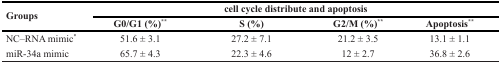
<table><thead><tr><td rowspan="2"><b>Groups</b></td><td colspan="4"><b>cell cycle distribute and apoptosis</b></td></tr><tr><td><b>G0/G1 (%)<sup>**</sup></b></td><td><b>S (%)</b></td><td><b>G2/M (%)<sup>**</sup></b></td><td><b>Apoptosis<sup>**</sup></b></td></tr></thead><tbody><tr><td>NC–RNA mimic<sup>*</sup></td><td>51.6 ± 3.1</td><td>27.2 ± 7.1</td><td>21.2 ± 3.5</td><td>13.1 ± 1.1</td></tr><tr><td>miR-34a mimic</td><td>65.7 ± 4.3</td><td>22.3 ± 4.6</td><td>12 ± 2.7</td><td>36.8 ± 2.6</td></tr></tbody></table>